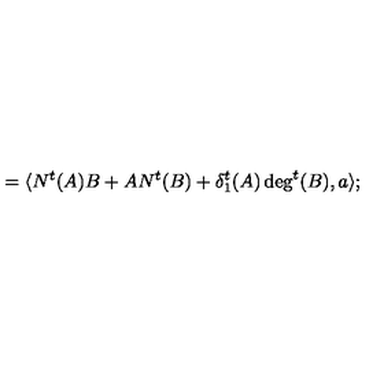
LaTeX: = \langle N ^ { t } ( A ) B + A N ^ { t } ( B ) + \delta _ { 1 } ^ { t } ( A ) \deg ^ { t } ( B ) , a \rangle ;